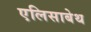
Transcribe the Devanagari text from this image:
एलिसाबेथ